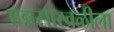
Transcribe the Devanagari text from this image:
अन्नसाखळीला